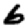
Digit: 6